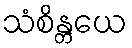
သံစိန္တယေ